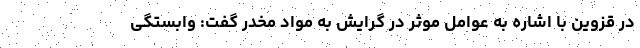
در قزوین با اشاره به عوامل موثر در گرایش به مواد مخدر گفت: وابستگی